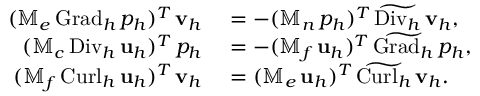
\begin{array} { r l } { ( \mathbb { M } _ { e } \, { \mathrm { G r a d } _ { h } } \, p _ { h } ) ^ { T } \, \mathbf { v } _ { h } } & { { } = - ( \mathbb { M } _ { n } \, p _ { h } ) ^ { T } \, \widetilde { \mathrm { D i v } _ { h } } \, \mathbf { v } _ { h } , } \\ { ( \mathbb { M } _ { c } \, { \mathrm { D i v } _ { h } } \, \mathbf { u } _ { h } ) ^ { T } \, p _ { h } } & { { } = - ( \mathbb { M } _ { f } \, \mathbf { u } _ { h } ) ^ { T } \, \widetilde { \mathrm { G r a d } _ { h } } \, p _ { h } , } \\ { ( \mathbb { M } _ { f } \, { \mathrm { C u r l } _ { h } } \, \mathbf { u } _ { h } ) ^ { T } \, \mathbf { v } _ { h } } & { { } = ( \mathbb { M } _ { e } \, \mathbf { u } _ { h } ) ^ { T } \, \widetilde { \mathrm { C u r l } _ { h } } \, \mathbf { v } _ { h } . } \end{array}